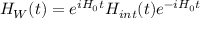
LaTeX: H _ { W } ( t ) = e ^ { i H _ { 0 } t } H _ { i n t } ( t ) e ^ { - i H _ { 0 } t }